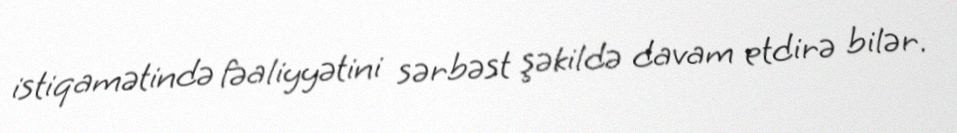
istiqamətində fəaliyyətini sərbəst şəkildə davam etdirə bilər.